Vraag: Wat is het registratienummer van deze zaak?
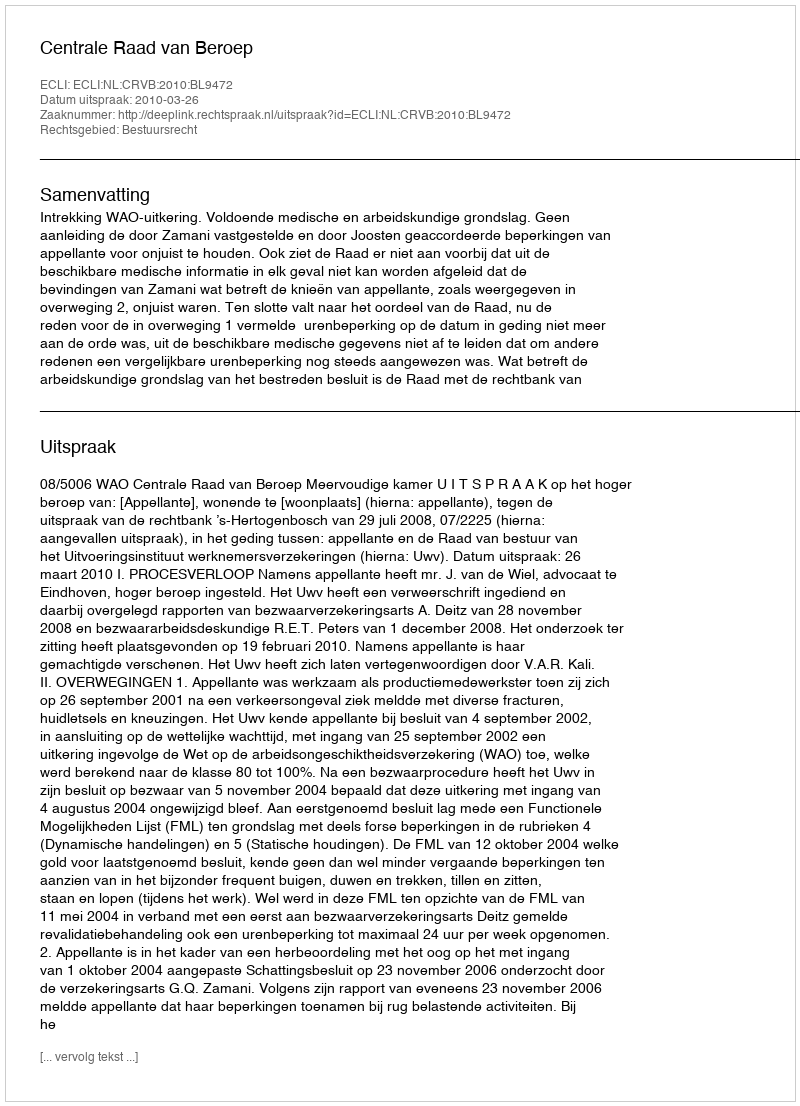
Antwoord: http://deeplink.rechtspraak.nl/uitspraak?id=ECLI:NL:CRVB:2010:BL9472